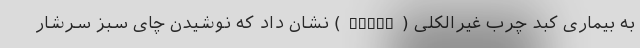
به بیماری کبد چرب غیرالکلی (NAFLD) نشان داد که نوشیدن چای سبز سرشار